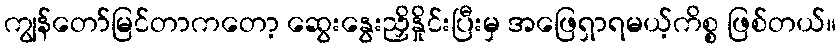
ကျွန်တော်မြင်တာကတော့ ဆွေးနွေးညှိနှိုင်းပြီးမှ အဖြေရှာရမယ့်ကိစ္စ ဖြစ်တယ်။